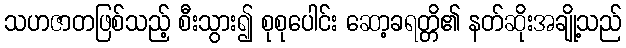
သဟဇာတဖြစ်သည့် စီးသွား၍ စုစုပေါင်း ဆော့ခရတ္တိ၏ နတ်ဆိုးအချို့သည်